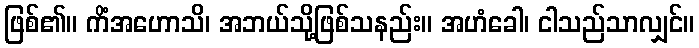
ဖြစ်၏။ ကိံအဟောသိ၊ အဘယ်သို့ဖြစ်သနည်း။ အဟံခေါ၊ ငါသည်သာလျှင်။